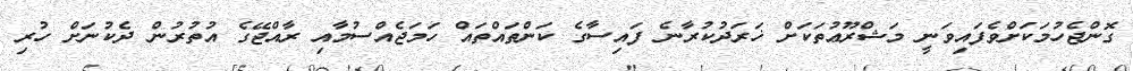
ގޮންޖެހުމަކަށްވެފައިވަނީ މަޝްރޫޢުތަކަށް ޚަރަދުކުރާނެ ފައިސާގެ ކަންތައްތައް ހަމަޖެއްސުމާއި ރާއްޖޭގެ އުތުރުން ދެކުނަށް ހުރި